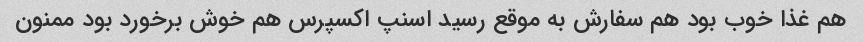
هم غذا خوب بود هم سفارش به موقع رسید اسنپ اکسپرس هم خوش برخورد بود ممنون